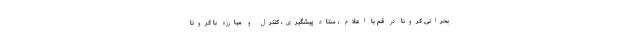
بحرانی کرونا در قم با اعلام ، ستاد پیشگیری، کنترل و مبارزه با کرونا